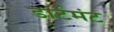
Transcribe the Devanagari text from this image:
डार्टमंट